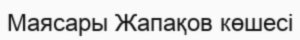
Маясары Жапақов көшесі